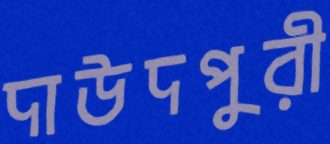
দাউদপুরী